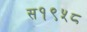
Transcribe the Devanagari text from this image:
स१९५८